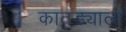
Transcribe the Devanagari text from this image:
कातड्याला